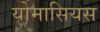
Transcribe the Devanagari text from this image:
योमासियस